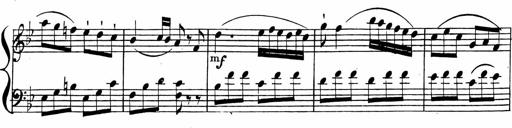
Title: 2 Piano Sonatinas
Composer: Ferdinand Ries